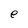
Character: e